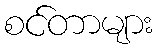
စင်တာများ